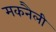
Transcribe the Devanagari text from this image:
मकनैली